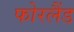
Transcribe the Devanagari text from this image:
फोरलैंड